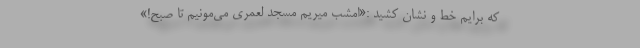
که برایم خط و نشان کشید :«امشب میریم مسجد لعُمَری می‌مونیم تا صبح!»